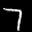
Label: 7